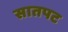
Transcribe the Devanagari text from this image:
सातपट